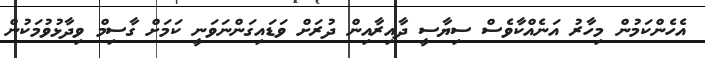
އެހެންކަމުން މިހާރު އަނެއްކާވެސް ސިޔާސީ ދާއިރާއިން ދުރަށް ވަޑައިގަންނަަވަނީ ކަމަށް ގާސިމް ވިދާޅުވުމަކުން